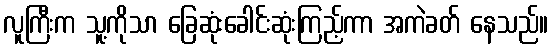
လူကြီးက သူ့ကိုသာ ခြေဆုံးခေါင်းဆုံးကြည့်ကာ အကဲခတ် နေသည်။